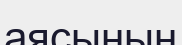
аясының